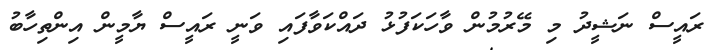
ރައީސް ނަޝީދު މި މޭރުމުން ވާހަކަފުޅު ދައްކަވާފައި ވަނީ ރައީސް ޔާމީން އިންތިހާބު